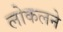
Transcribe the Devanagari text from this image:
लोकलने